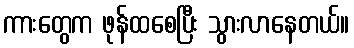
ကားတွေက ဖုန်ထစေပြီး သွားလာနေတယ်။